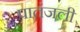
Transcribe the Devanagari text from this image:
पातंजली